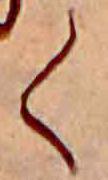
く